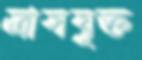
ত্রাসযুক্ত